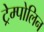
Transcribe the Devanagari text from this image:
ट्रेम्पोलिन